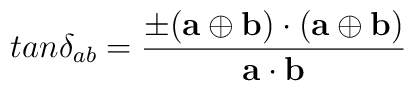
tan \delta_{ab} = {\pm ({\bf a}\oplus {\bf b})\cdot ({\bf a}\oplus {\bf b})\over {\bf a}\cdot {\bf b}}